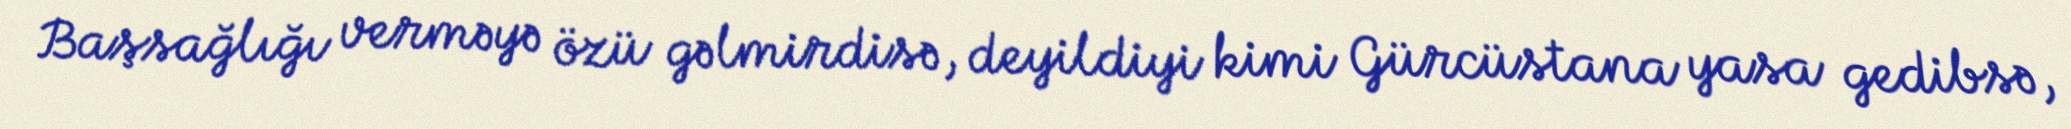
Başsağlığı verməyə özü gəlmirdisə, deyildiyi kimi Gürcüstana yasa gedibsə,